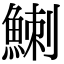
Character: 䱨